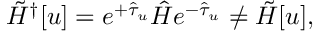
\tilde { H } ^ { \dagger } [ u ] = e ^ { + \hat { \tau } _ { u } } \hat { H } e ^ { - \hat { \tau } _ { u } } \ne \tilde { H } [ u ] ,